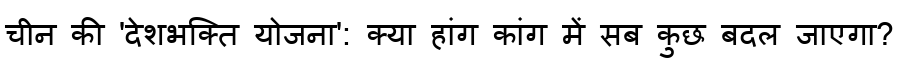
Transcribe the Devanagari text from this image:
चीन की 'देशभक्ति योजना': क्या हांग कांग में सब कुछ बदल जाएगा?